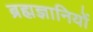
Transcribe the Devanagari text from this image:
ब्रह्मज्ञानियों